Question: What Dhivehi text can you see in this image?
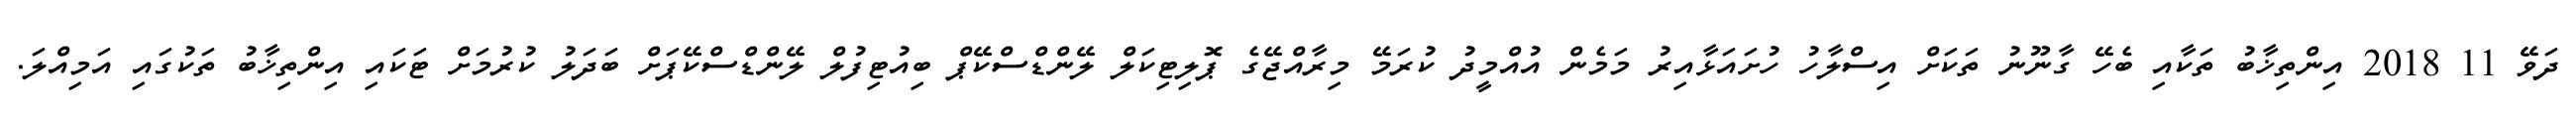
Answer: ދަވޭ 11 2018 އިންތިޚާބު ތަކާއި ބެހޭ ގާނޫނު ތަކަށް އިސްލާހު ހުށައަޅާއިރު މަމެން އުއްމީދު ކުރަމޭ މިރާއްޖޭގެ ޕޮލިޓިކަލް ލޭންޑްސްކޭޕް ބިއުޓިފުލް ލޭންޑްސްކޭޕަށް ބަދަލު ކުރުމަށް ޓަކައި އިންތިޚާބު ތަކުގައި އަމިއްލަ.